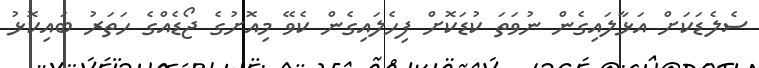
ސެލެޑަކަށް އަޅާލައިގެން ނުވަތަ ކުޑަކޮށް ފިހެލައިގެން ކެވޭ މިއޮށުގެ ޖޯޑެއްގެ ހަތަރު ބައިކޮޅު